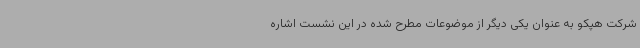
شرکت هپکو به عنوان یکی دیگر از موضوعات مطرح شده در این نشست اشاره